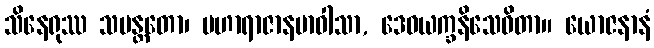
သိနေရုဿ သမန္တတော၊ မဟာရာဇာနမာဝါသာ, ဒေဝယက္ခနိသေဝိတာ။ ယောဇနာနံ